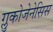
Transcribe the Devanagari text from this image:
ग्लुकोजेनेसिस